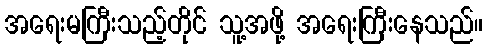
အရေးမကြီးသည့်တိုင် သူ့အဖို့ အရေးကြီးနေသည်။